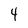
Character: 4